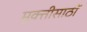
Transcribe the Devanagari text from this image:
मुक्तीसाठीं